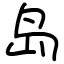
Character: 岛